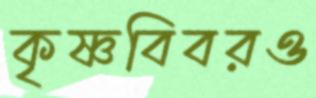
কৃষ্ণবিবরও